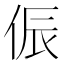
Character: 侲